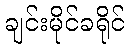
ချင်းမိုင်ခရိုင်